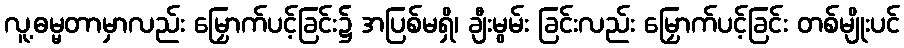
လူ့ဓမ္မတာမှာလည်း မြှောက်ပင့်ခြင်း၌ အပြစ်မရှိ၊ ချီးမွမ်း ခြင်းလည်း မြှောက်ပင့်ခြင်း တစ်မျိုးပင်